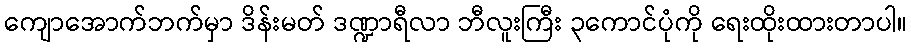
ကျောအောက်ဘက်မှာ ဒိန်းမတ် ဒဏ္ဍာရီလာ ဘီလူးကြီး ၃ကောင်ပုံကို ရေးထိုးထားတာပါ။